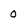
Character: o